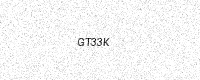
Text: GT33K